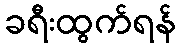
ခရီးထွက်ရန်